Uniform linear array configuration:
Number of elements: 48
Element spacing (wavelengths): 0.5
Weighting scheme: kaiser
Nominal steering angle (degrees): -15
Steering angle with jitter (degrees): -15.422
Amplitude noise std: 0.05
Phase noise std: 0.05

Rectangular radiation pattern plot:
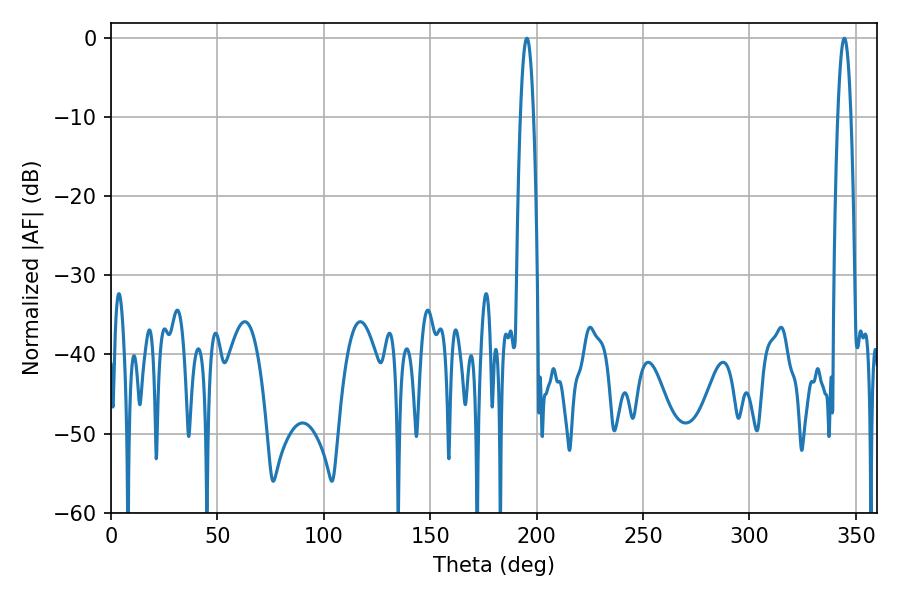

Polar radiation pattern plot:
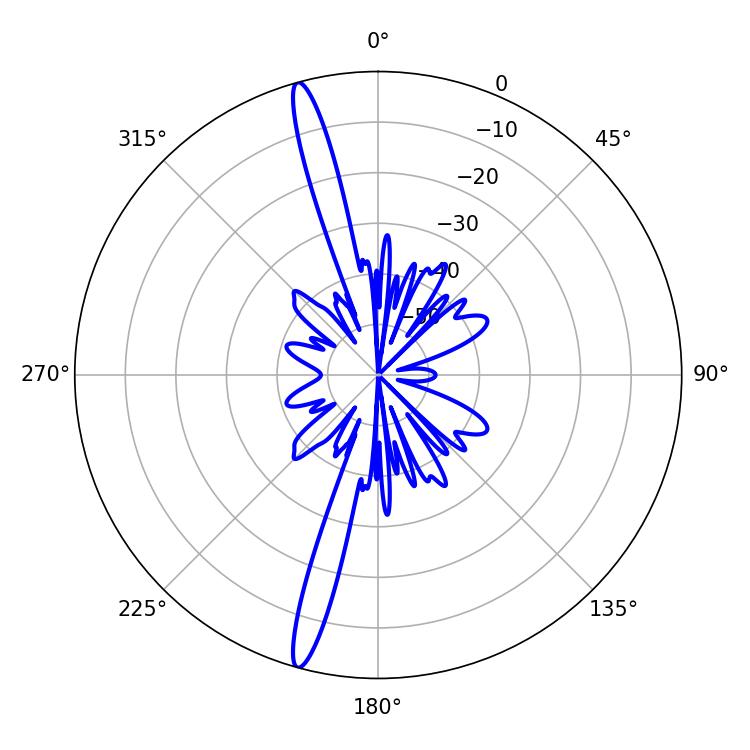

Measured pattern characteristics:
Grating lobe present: FALSE
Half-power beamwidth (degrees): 3.42
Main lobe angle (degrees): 195.48